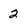
Character: 2